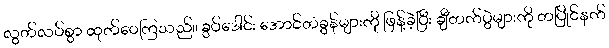
လွတ်လပ်စွာ ထုတ်ဝေကြသည်။ ခွပ်ဒေါင်း အောင်တံခွန်များကို ဖြန့်ခဲ့ပြီး ချီတက်ပွဲများကို တပြိုင်နက်